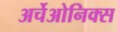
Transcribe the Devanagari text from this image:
अर्चेओनिक्स